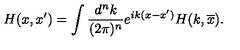
H ( x , x ^ { \prime } ) = \int \frac { d ^ { n } k } { ( 2 \pi ) ^ { n } } e ^ { i k ( x - x ^ { \prime } ) } H ( k , \overline { x } ) .